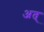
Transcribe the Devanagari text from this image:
अत्‌